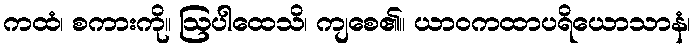
ကထံ၊ စကားကို။ ဩပါထေသိ၊ ကျစေ၏။ ယာဝကထာပရိယောသာနံ၊